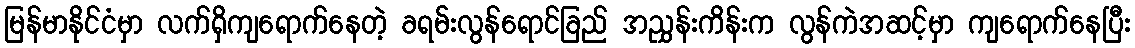
မြန်မာနိုင်ငံမှာ လက်ရှိကျရောက်နေတဲ့ ခရမ်းလွန်ရောင်ခြည် အညွှန်းကိန်းက လွန်ကဲအဆင့်မှာ ကျရောက်နေပြီး